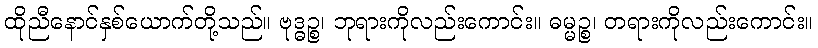
ထိုညီနောင်နှစ်ယောက်တို့သည်။ ဗုဒ္ဓဉ္စ၊ ဘုရားကိုလည်းကောင်း။ ဓမ္မဉ္စ၊ တရားကိုလည်းကောင်း။